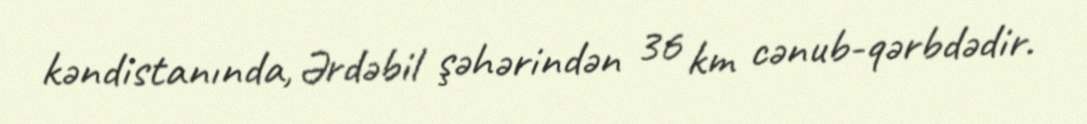
kəndistanında, Ərdəbil şəhərindən 36 km cənub-qərbdədir.